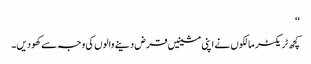
‘‘
کچھ ٹریکٹر مالکوں نے اپنی مشینیں قرض دینے والوں کی وجہ سے کھو دیں۔